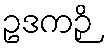
ဥဒကဉှိ